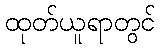
ထုတ်ယူရာတွင်